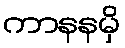
ကာနနမှိ